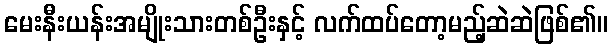
မေးနီးယန်းအမျိုးသားတစ်ဦးနှင့် လက်ထပ်တော့မည့်ဆဲဆဲဖြစ်၏။